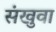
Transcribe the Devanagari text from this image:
संखुवा